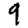
Digit: 9